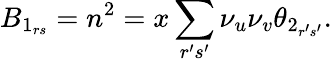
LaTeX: B_{1_{rs}}=n^{2}=x\sum_{r^{\prime}s^{\prime}}\nu_{u}\nu_{v}\theta_{2_{r^{\prime}s^{\prime}}}.